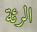
الرئة